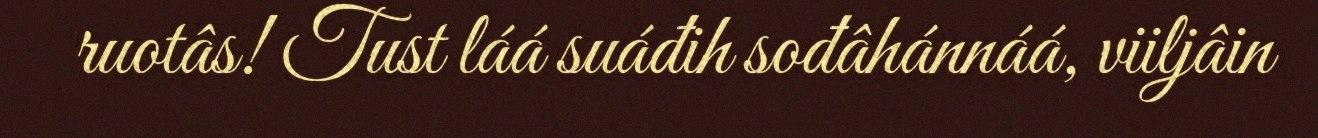
ruotâs! Tust láá suáđih sođâhánnáá, viiljâin